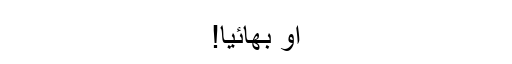
او بھائیا!